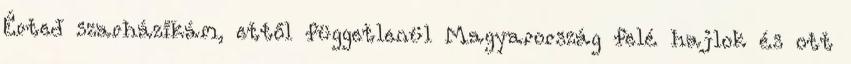
Érted szarházikám, ettől függetlenül Magyarország felé hajlok és ott